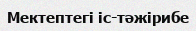
Мектептегі іс-тәжірибе